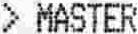
> MASTER